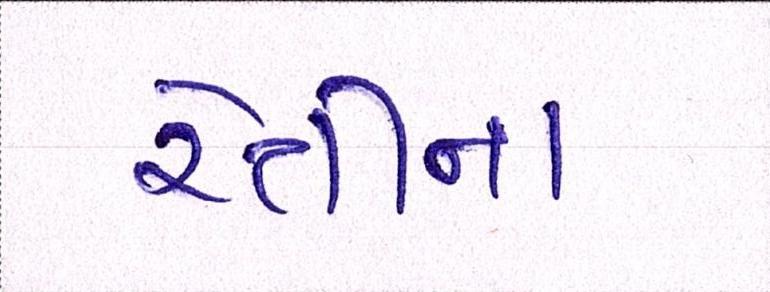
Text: રેતીના